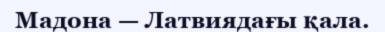
Мадона — Латвиядағы қала.